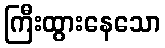
ကြီးထွားနေသော